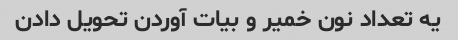
یه تعداد نون خمیر و بیات آوردن تحویل دادن